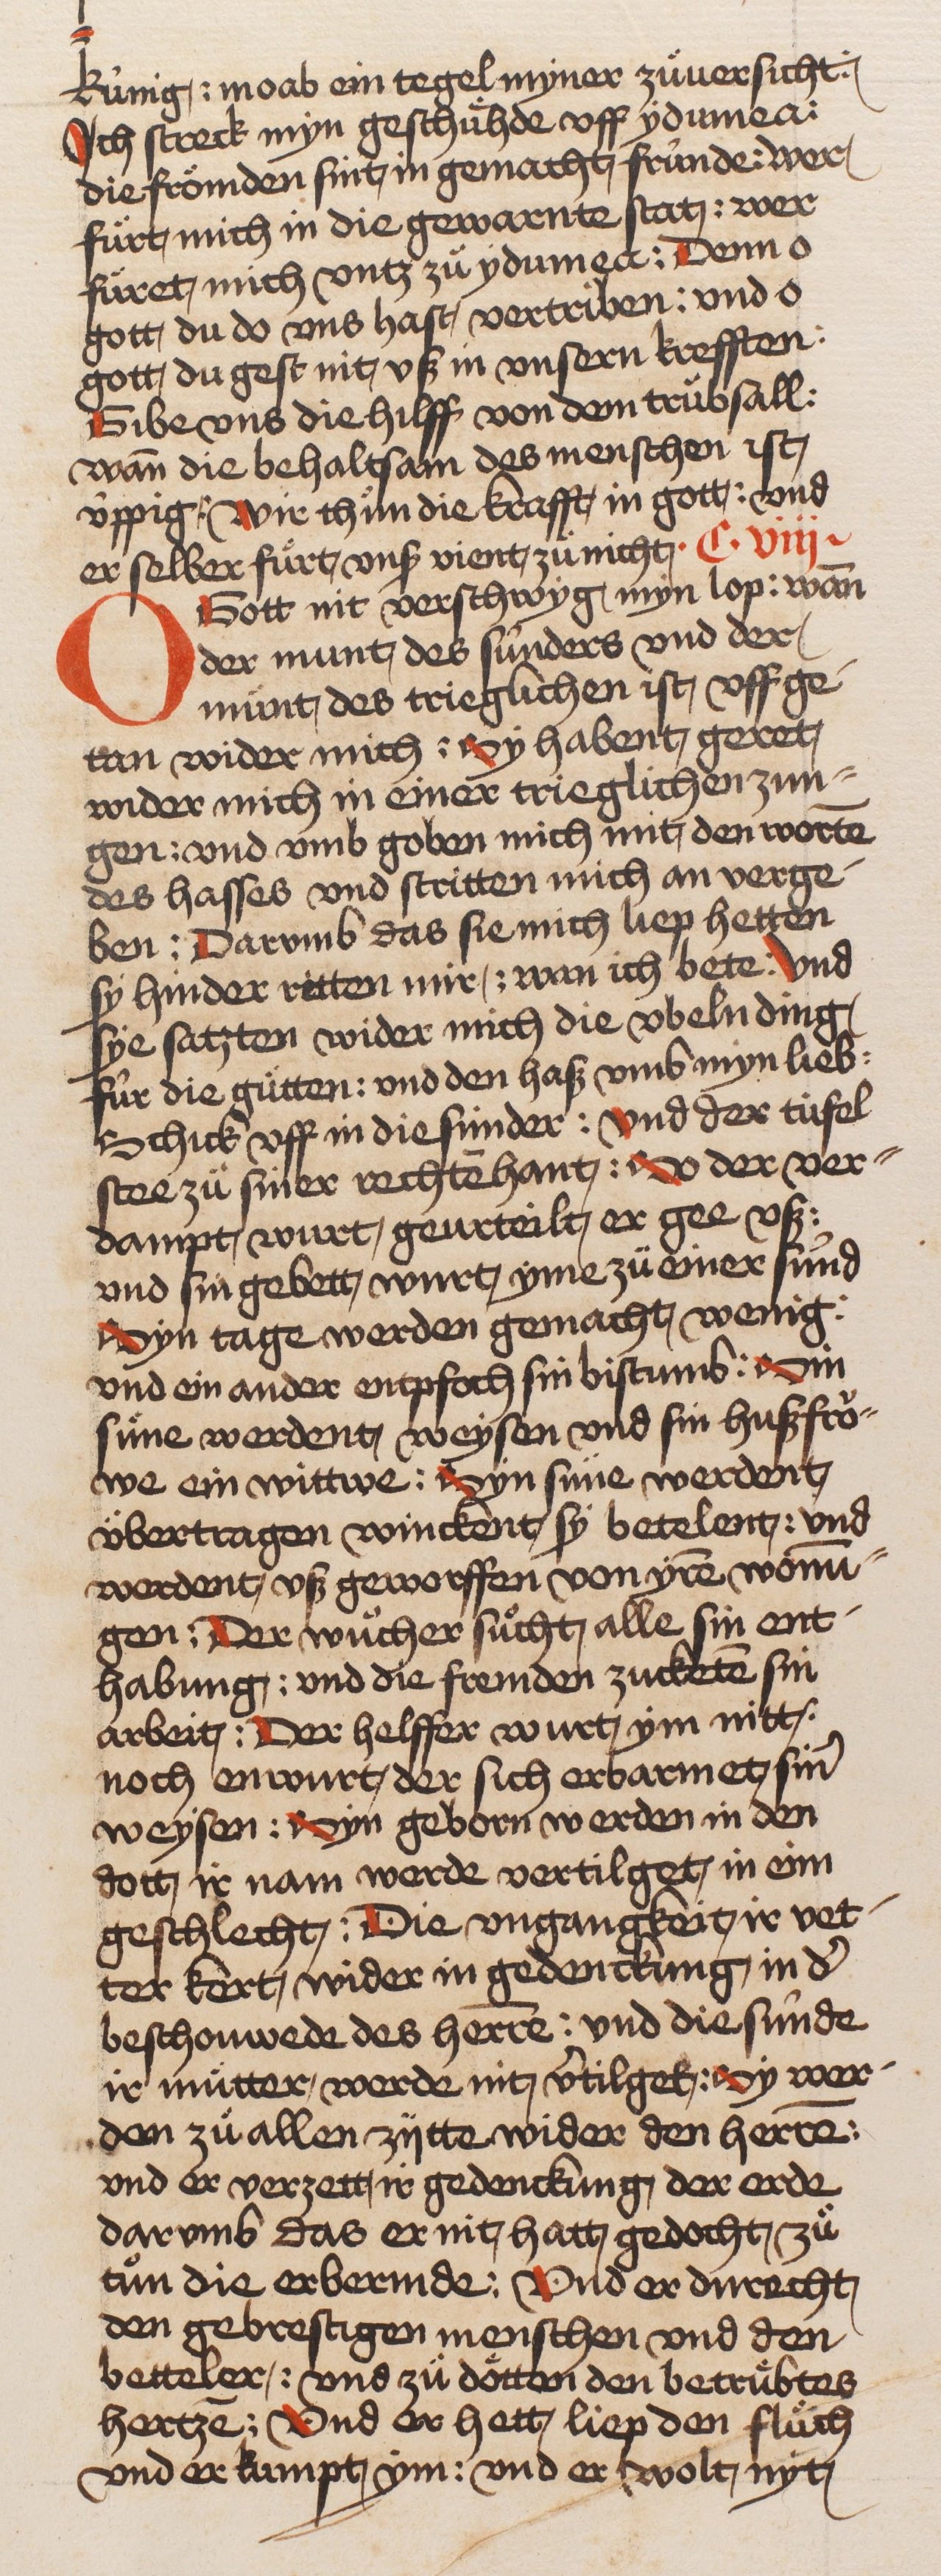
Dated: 1466–1499